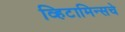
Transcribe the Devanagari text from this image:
व्हिटामिन्‍सचे